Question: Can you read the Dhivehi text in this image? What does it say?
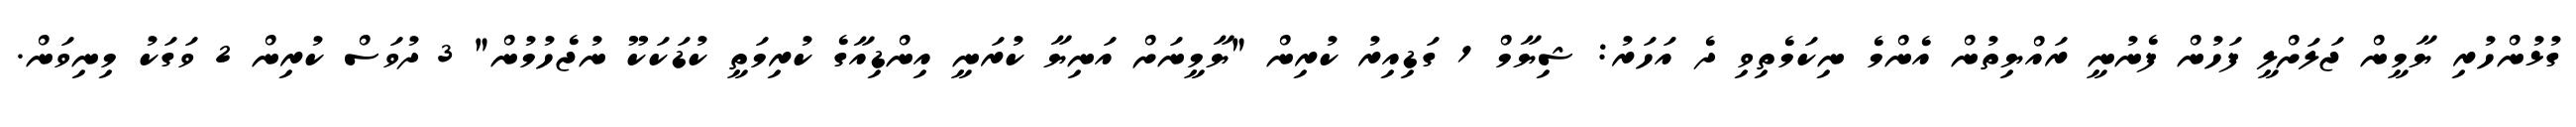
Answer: ގުޅުންހުރި ޔާމީން ޖަލަށްލީ ފަހުން ފެނުނީ ރައްޔިތުން އެންމެ ނިކަމެތިވި ދެ އަހަރު: ޝިޔާމް 1 ގަޑިއިރު ކުރިން "ޔާމީނަށް އަނިޔާ ކުރަނީ އިންޑިއާގެ ކުރިމަތީ ކުޑަކަކޫ ނުޖެހުމުން" 3 ދުވަސް ކުރިން 2 ވަގަކު މިނިވަން.